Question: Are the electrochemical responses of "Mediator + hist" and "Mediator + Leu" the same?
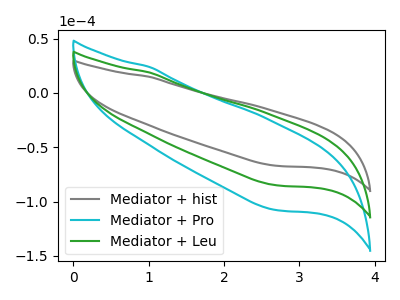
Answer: <think>The gray curve "Mediator + hist" has no peaks. The cyan curve "Mediator + Pro" has no peaks. The green curve "Mediator + Leu" has no peaks.
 Neither "Mediator + hist" or "Mediator + Leu" have any peaks.</think>
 <answer>"Mediator + hist" and "Mediator + Leu" are similar in shape.</answer>
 <eval>same_shape</eval>